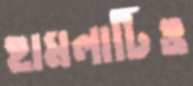
হামলাটিও